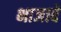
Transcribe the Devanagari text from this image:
भाजावे